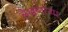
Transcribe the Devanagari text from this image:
लेखणाऱ्या